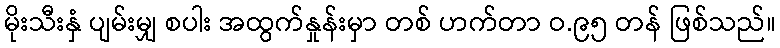
မိုးသီးနှံ ပျမ်းမျှ စပါး အထွက်နှုန်းမှာ တစ် ဟက်တာ ဝ.၉၅ တန် ဖြစ်သည်။